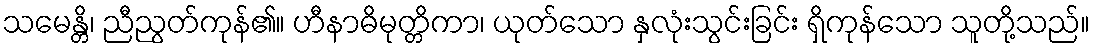
သမေန္တိ၊ ညီညွတ်ကုန်၏။ ဟီနာဓိမုတ္တိကာ၊ ယုတ်သော နှလုံးသွင်းခြင်း ရှိကုန်သော သူတို့သည်။